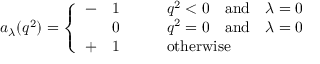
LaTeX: a _ { \lambda } ( q ^ { 2 } ) = \left\{ \begin{array} { l l l } { { - } } & { { 1 } } & { { \qquad q ^ { 2 } < 0 \quad \mathrm { a n d } \quad \lambda = 0 } } \\ { { } } & { { 0 } } & { { \qquad q ^ { 2 } = 0 \quad \mathrm { a n d } \quad \lambda = 0 } } \\ { { + } } & { { 1 } } & { { \qquad \mathrm { o t h e r w i s e } } } \end{array} \right.